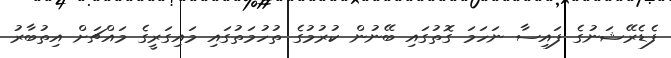
ފެޑެރޭޝަނުގެ ފައިސާ ނަހަމަ ގޮތުގައި ބޭނުން ކުރުމުގެ ތުހުމަތުގައި މައިގަރީގެ މައްޗަށް އިތުބާރު